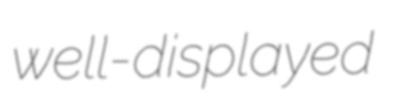
well-displayed